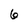
Character: 6